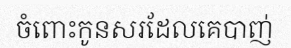
ចំពោះកូនសរដែលគេបាញ់